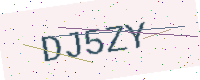
Text: DJ5ZY